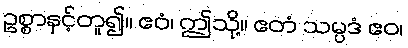
ဥစ္စာနှင့်တူ၍။ ဧဝံ၊ ဤသို့။ ဧတံ သမ္ပဒံ ဧဝ၊